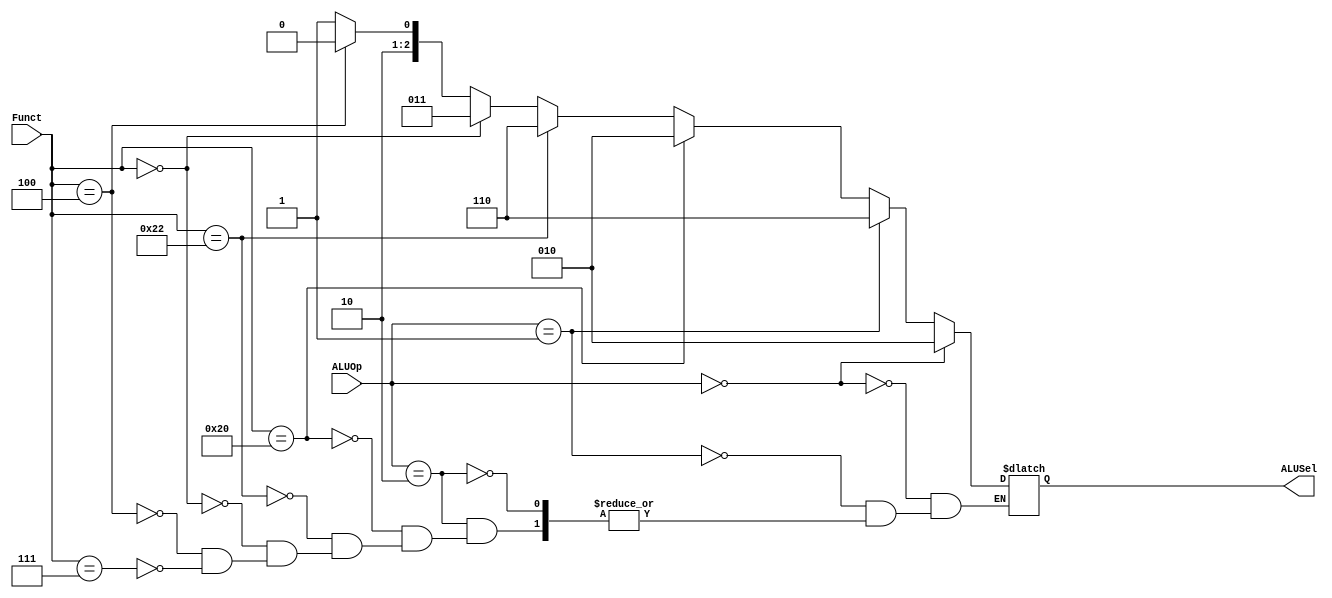
`timescale 1ns / 1ps

module ALUDecoder(
    input [1:0] ALUOp,
    input [5:0] Funct,
    output reg [2:0] ALUSel
    );
    
    always@(ALUOp or Funct) begin
        if (ALUOp == 2'b00) begin // LW, SW, ADD
            ALUSel <= 3'b010;
        end
        else if (ALUOp == 2'b01) begin // SUB, BEQ
            ALUSel <= 3'b110;
        end
        else if (ALUOp == 2'b10) begin // R-type 
            if (Funct == 6'b100000) begin // Add
                ALUSel <= 3'b010;
            end
            else if (Funct == 6'b100010) begin // Sub
                ALUSel <= 3'b110;
            end
            else if (Funct == 6'b000000) begin // SLL
                ALUSel <= 3'b011;
            end
            else if (Funct == 6'b000100) begin // SLLV
                ALUSel <= 3'b100;
            end
            else if (Funct == 6'b000111) begin // SRAV
                ALUSel <= 3'b101;
            end
        end
    end
endmodule